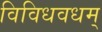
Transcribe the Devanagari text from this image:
विविधवधम्